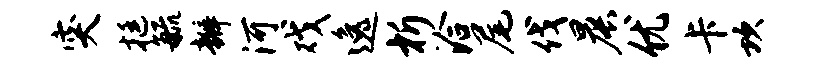
突挺毓瓣河戏逸析洽尾伐晨优卡坎